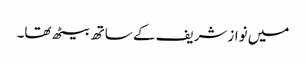
میں نوازشریف کے ساتھ بیٹھ تھا۔